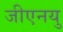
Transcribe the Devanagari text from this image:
जीएनयु